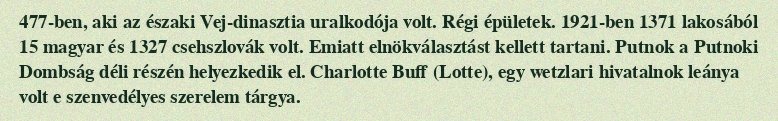
477-ben, aki az északi Vej-dinasztia uralkodója volt. Régi épületek. 1921-ben 1371 lakosából 15 magyar és 1327 csehszlovák volt. Emiatt elnökválasztást kellett tartani. Putnok a Putnoki Dombság déli részén helyezkedik el. Charlotte Buff (Lotte), egy wetzlari hivatalnok leánya volt e szenvedélyes szerelem tárgya.